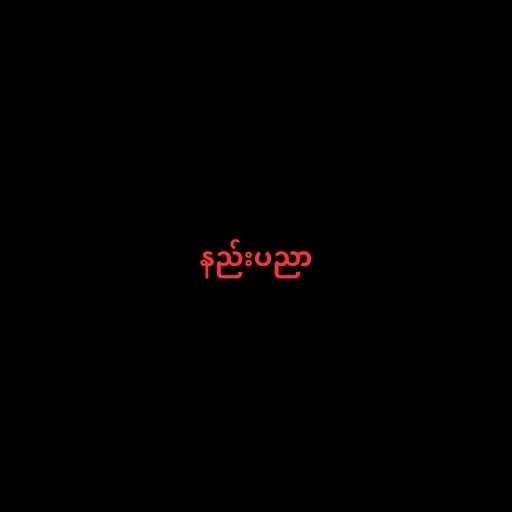
နည်းပညာ